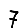
Digit: 7